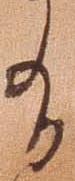
有